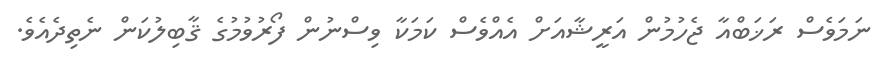
ނަމަވެސް ރަޚަބްއާ ޖެހުމުން އަރީޝާއަށް އެއްވެސް ކަމަކާ ވިސްނުން ފޯރުވުމުގެ ޤާބިލުކަން ނެތިދެއެވެ.